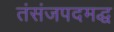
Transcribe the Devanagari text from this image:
तंसंजपदमद्ध